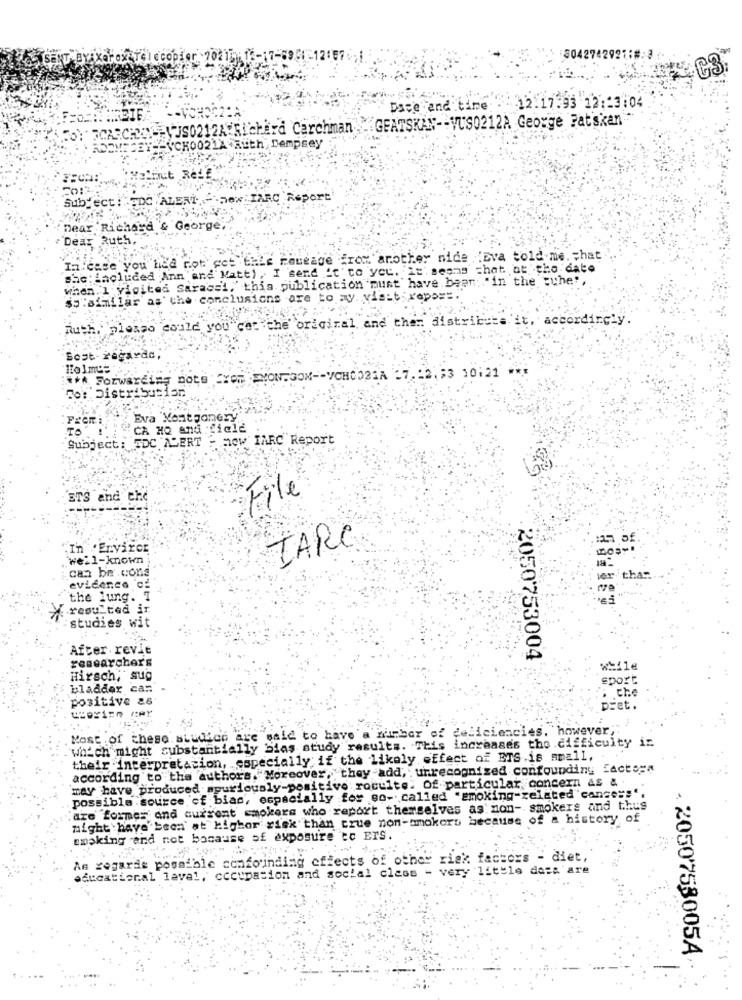
80427429211#:3
Dsee and time .12.17.93 12 :: 3:04
WJS0212A Richard Carchman -GEATSKAN -- VUS0212A George Fatskan"
CRECHEY
. ADDMEGET -- SCH0021X Auth Dempsey
Subject : TDC ALERT .... SON IARC Report'
Dear Richard & George,
Dear
Rut!
In case you had not' get this reueage from another nide 'Eva told me. = hat
she:included Ann and Matt), I send it to you. it'sesas chat at the date
when I visited Saracci, this publication must have been; "in the tuhe"
$5"similar as' the conclusions are to av. viatt rapo ==.
original and then distribute it, accordingly
Ruth, plesso could you"
Boot- regarde
*** Forwarding Dots CXOM FYON-SOK -- YCH0021A -7 .: 2.83 10:21 ***
To: Distribution
Eva 'Montgomery,
TO
CA HO and ficle
Subject: TDC ALERT + now IARC Report
ETS and che
File
TARC
In Envirce
well-known
can be .cons
evidence cf
the lung. T
resulted in
studies wit
After revit
researchers
2050753004
Hirsch, sug
sport
bladder can
positive a
Che
pret.
Most of these. sLudico are said to have'a wimber of deficiencies. however,"
which might substantially bias study results. This increases the difficulty in
their interpretation, especially if the likely effect of ETS is small, .
according to the authors. Moreover, they add, : unrecognized confounding factoga
may have produced spuriously-positive roculte. Of particular, concern as &
possible .source of bias, especially for so- called "smoking-related'canses"".
"are formes and current' smokers who report themselves as non- smokers and thus
might have been at higher risk than crue non-smokers because of a history of
smoking and not bacause of exposure to ETS.
As regarde possible confoinding effects of other risk factors - diet,
ducational laval, occupation and social class - very little dass'are
2050758005A